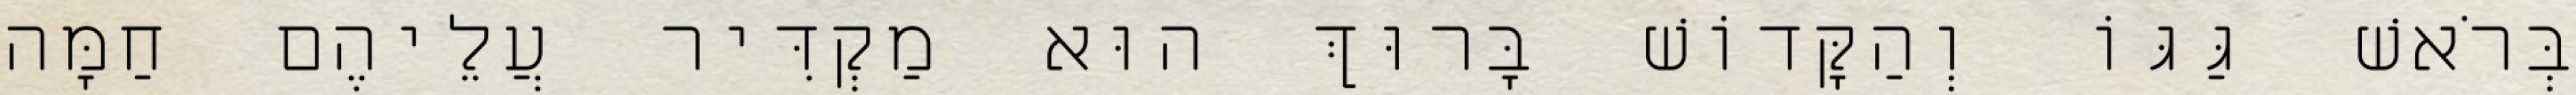
בְּרֹאשׁ גַּגּוֹ וְהַקָּדוֹשׁ בָּרוּךְ הוּא מַקְדִּיר עֲלֵיהֶם חַמָּה